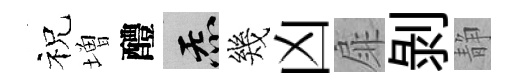
祝増醴炁幾凶扉剥静